Relation of titanus [i.e. tetanus] to the hypodermic or intramuscular injection of quinine - Number 43
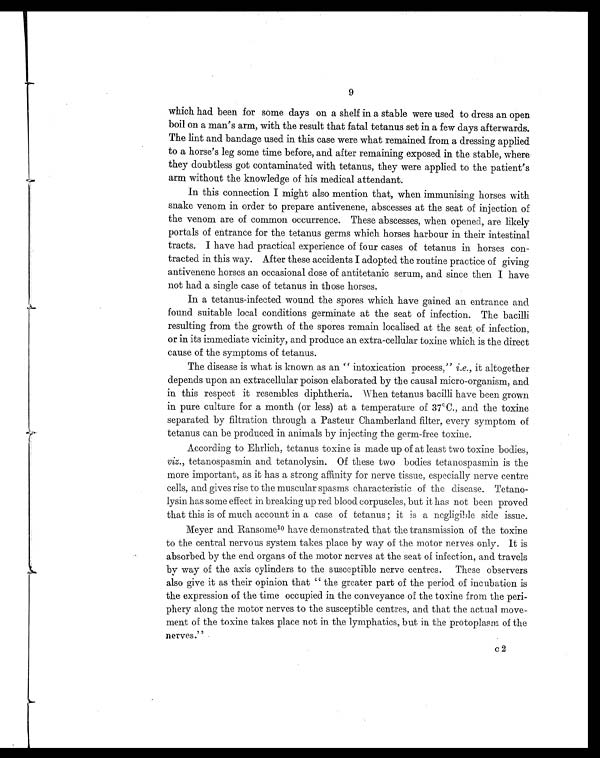
9
which had been for some days on a shelf in a stable were used to dress an open
boil on a man's arm, with the result that fatal tetanus set in a few days afterwards.
The lint and bandage used in this case were what remained from a dressing applied
to a horse's leg some time before, and after remaining exposed in the stable, where
they doubtless got contaminated with tetanus, they were applied to the patient's
arm without the knowledge of his medical attendant.
In this connection I might also mention that, when immunising horses with
snake venom in order to prepare antivenene, abscesses at the seat of injection of
the venom are of common occurrence. These abscesses, when opened, are likely
portals of entrance for the tetanus germs which horses harbour in their intestinal
tracts. I have had practical experience of four cases of tetanus in horses con-
tracted in this way. After these accidents I adopted the routine practice of giving
antivenene horses an occasional dose of antitetanic serum, and since then I have
not had a single case of tetanus in those horses.
In a tetanus-infected wound the spores which have gained an entrance and
found suitable local conditions germinate at the seat of infection. The bacilli
resulting from the growth of the spores remain localised at the seat of infection,
or in its immediate vicinity, and produce an extra-cellular toxine which is the direct
cause of the symptoms of tetanus.
The disease is what is known as an "intoxication process," i.e., it altogether
depends upon an extracellular poison elaborated by the causal micro-organism, and
in this respect it resembles diphtheria. When tetanus bacilli have been grown
in pure culture for a month (or less) at a temperature of 37.C., and the toxine
separated by filtration through a Pasteur Chamberland filter, every symptom of
tetanus can be produced in animals by injecting the germ-free toxine.
According to Ehrlich, tetanus toxine is made up of at least two toxine bodies,
viz., tetanospasmin and tetanolysin. Of these two bodies tetanospasmin is the
more important, as it has a strong affinity for nerve tissue, especially nerve centre
cells, and gives rise to the muscular spasms characteristic of the disease. Tetano-
lysin has some effect in breaking up red blood corpuscles, but it has not been proved
that this is of much account in a case of tetanus ; it is a negligible side issue.
Meyer and Ransome10 have demonstrated that the transmission of the toxine
to the central nervous system takes place by way of the motor nerves only. It is
absorbed by the end organs of the motor nerves at the seat of infection, and travels
by way of the axis cylinders to the susceptible nerve centres. These observers
also give it as their opinion that "the greater part of the period of incubation is
the expression of the time occupied in the conveyance of the toxine from the peri-
phery along the motor nerves to the susceptible centres, and that the actual move-
ment of the toxine takes place not in the lymphatics, but in the protoplasm of the
n e r v e s . "
c2